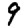
Digit: 9